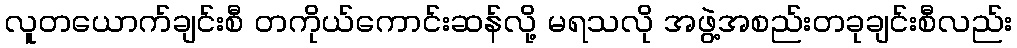
လူတယောက်ချင်းစီ တကိုယ်ကောင်းဆန်လို့ မရသလို အဖွဲ့အစည်းတခုချင်းစီလည်း